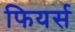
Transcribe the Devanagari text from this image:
फियर्स